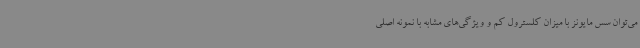
می‌توان سس مایونز با میزان کلسترول کم و ویژگی‌های مشابه با نمونه اصلی